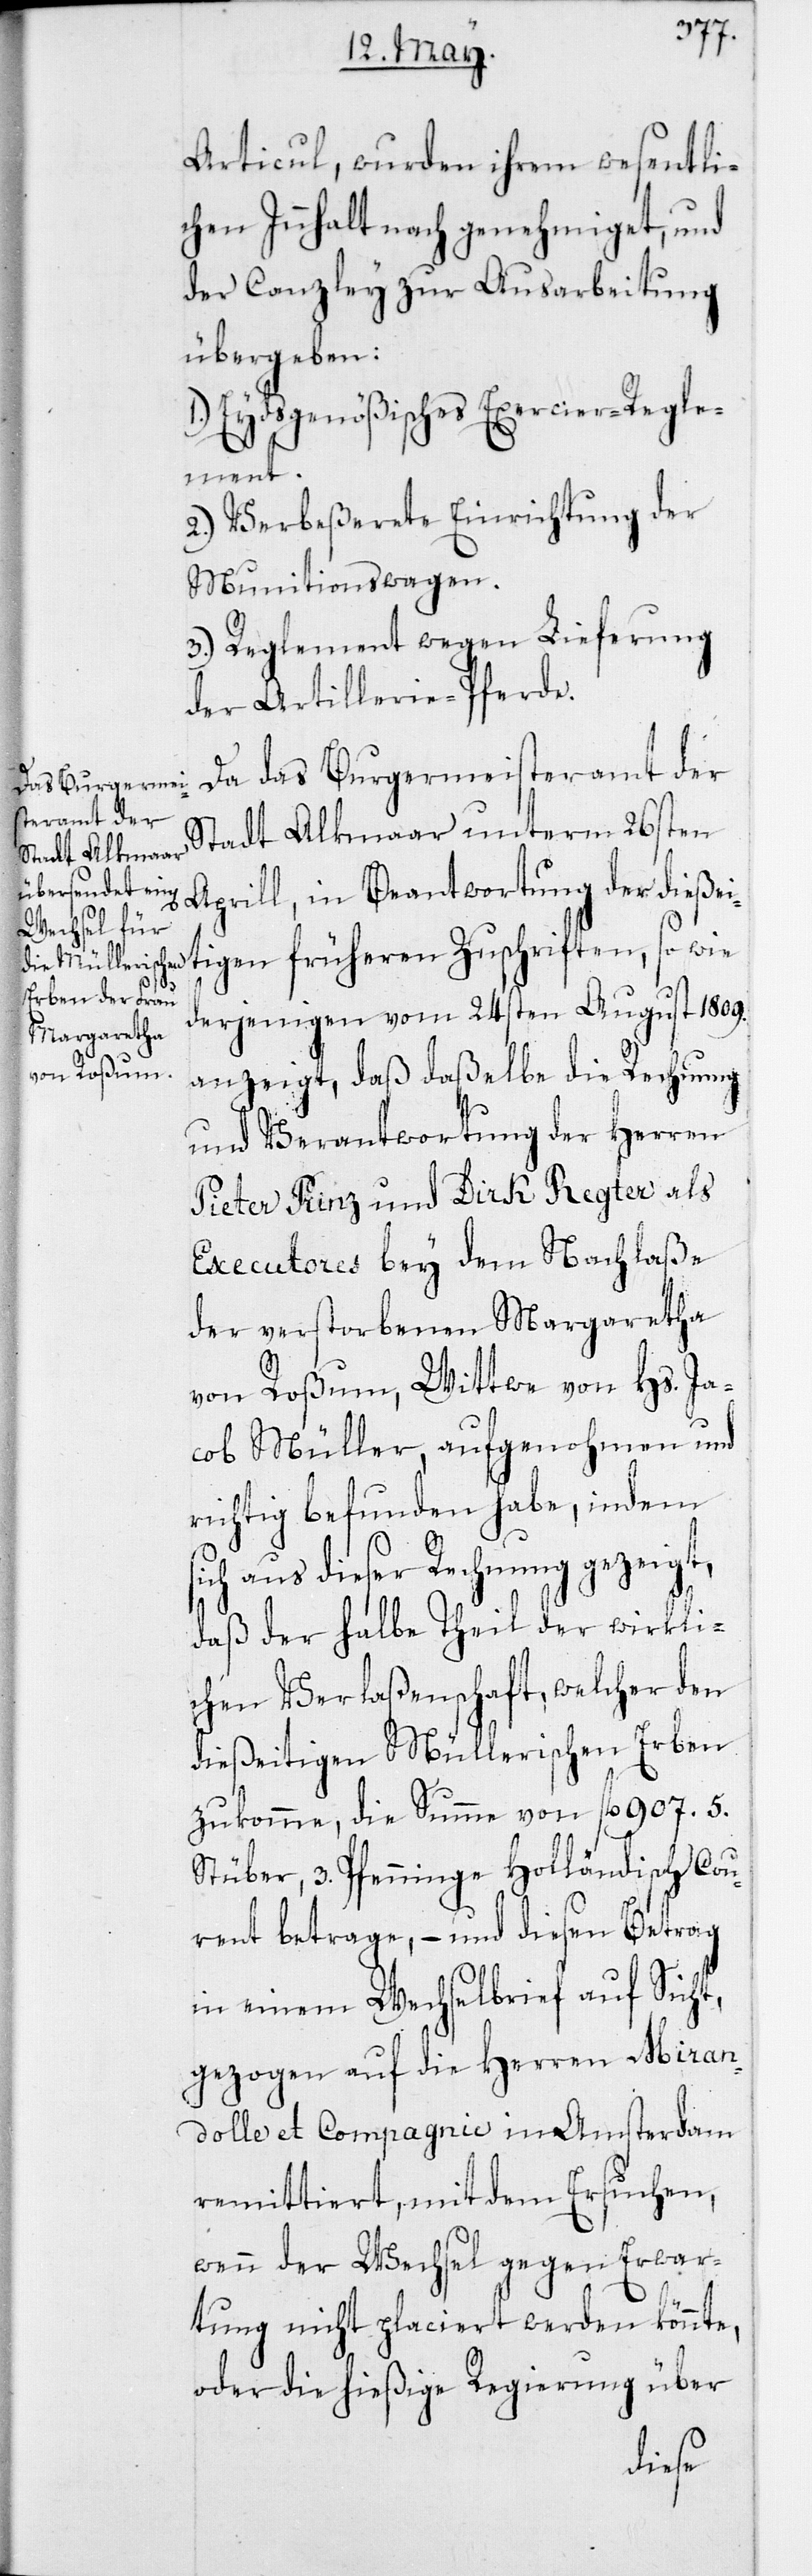
s¬

Articul, wurden ihrem wesentli¬
chen Innhalt nach genehmiget, und
der Canzley zur Ausarbeitung
übergeben:
1. Eydsgenößisches Exercier-Regle¬
ment.
2. Verbeßerete Einrichtung der
Munitionswagen.
3. Reglement wegen Lieferung
der Artillerie-Pferde.
Da das Burgermeisteramt der
Stadt Alkmaar unterm 26sten
Aprill, in Beantwortung der dießei¬
tigen früheren Zuschriften, sowie
derjenigen vom 24sten August 1809.
anzeigt, daß daßelbe die Rechnung
und Verantwortung der Herren
Pieter Prinz und Dirk Regter als
Executores bey dem Nachlaße
der verstorbenen Margaretha
von Roßum, Wittwe von Hs. Ja¬
cob Müller, aufgenohmen und
richtig befunden habe, indem
ich aus dieser Rechnung gezeigt,
daß der halbe Theil der wirkli¬
chen Verlaßenschaft, welcher den
dießeitigen Müllerischen Erben
zukomme, die Summe von fl. 907. 5.
Stüber, 3. Pfenninge Holländisch Cour¬
rent betrage, – und diesen Betrag
in einem Wechselbrief auf Sicht,
gezogen auf die Herren Miran¬
dolle & Compagnie in Amsterdam
remittiert, mit dem Ersuchen,
wenn der Wechsel gegen Erwar¬
tung nicht placiert werden könnte,
oder die hießige Regierung über